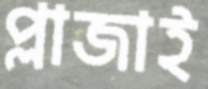
প্লাজাই